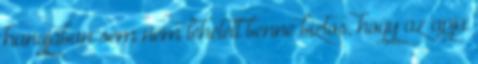
hangjában sem nem lehetett benne biztos, hogy az apja